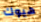
هيوك